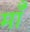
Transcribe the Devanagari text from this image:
मॉँ